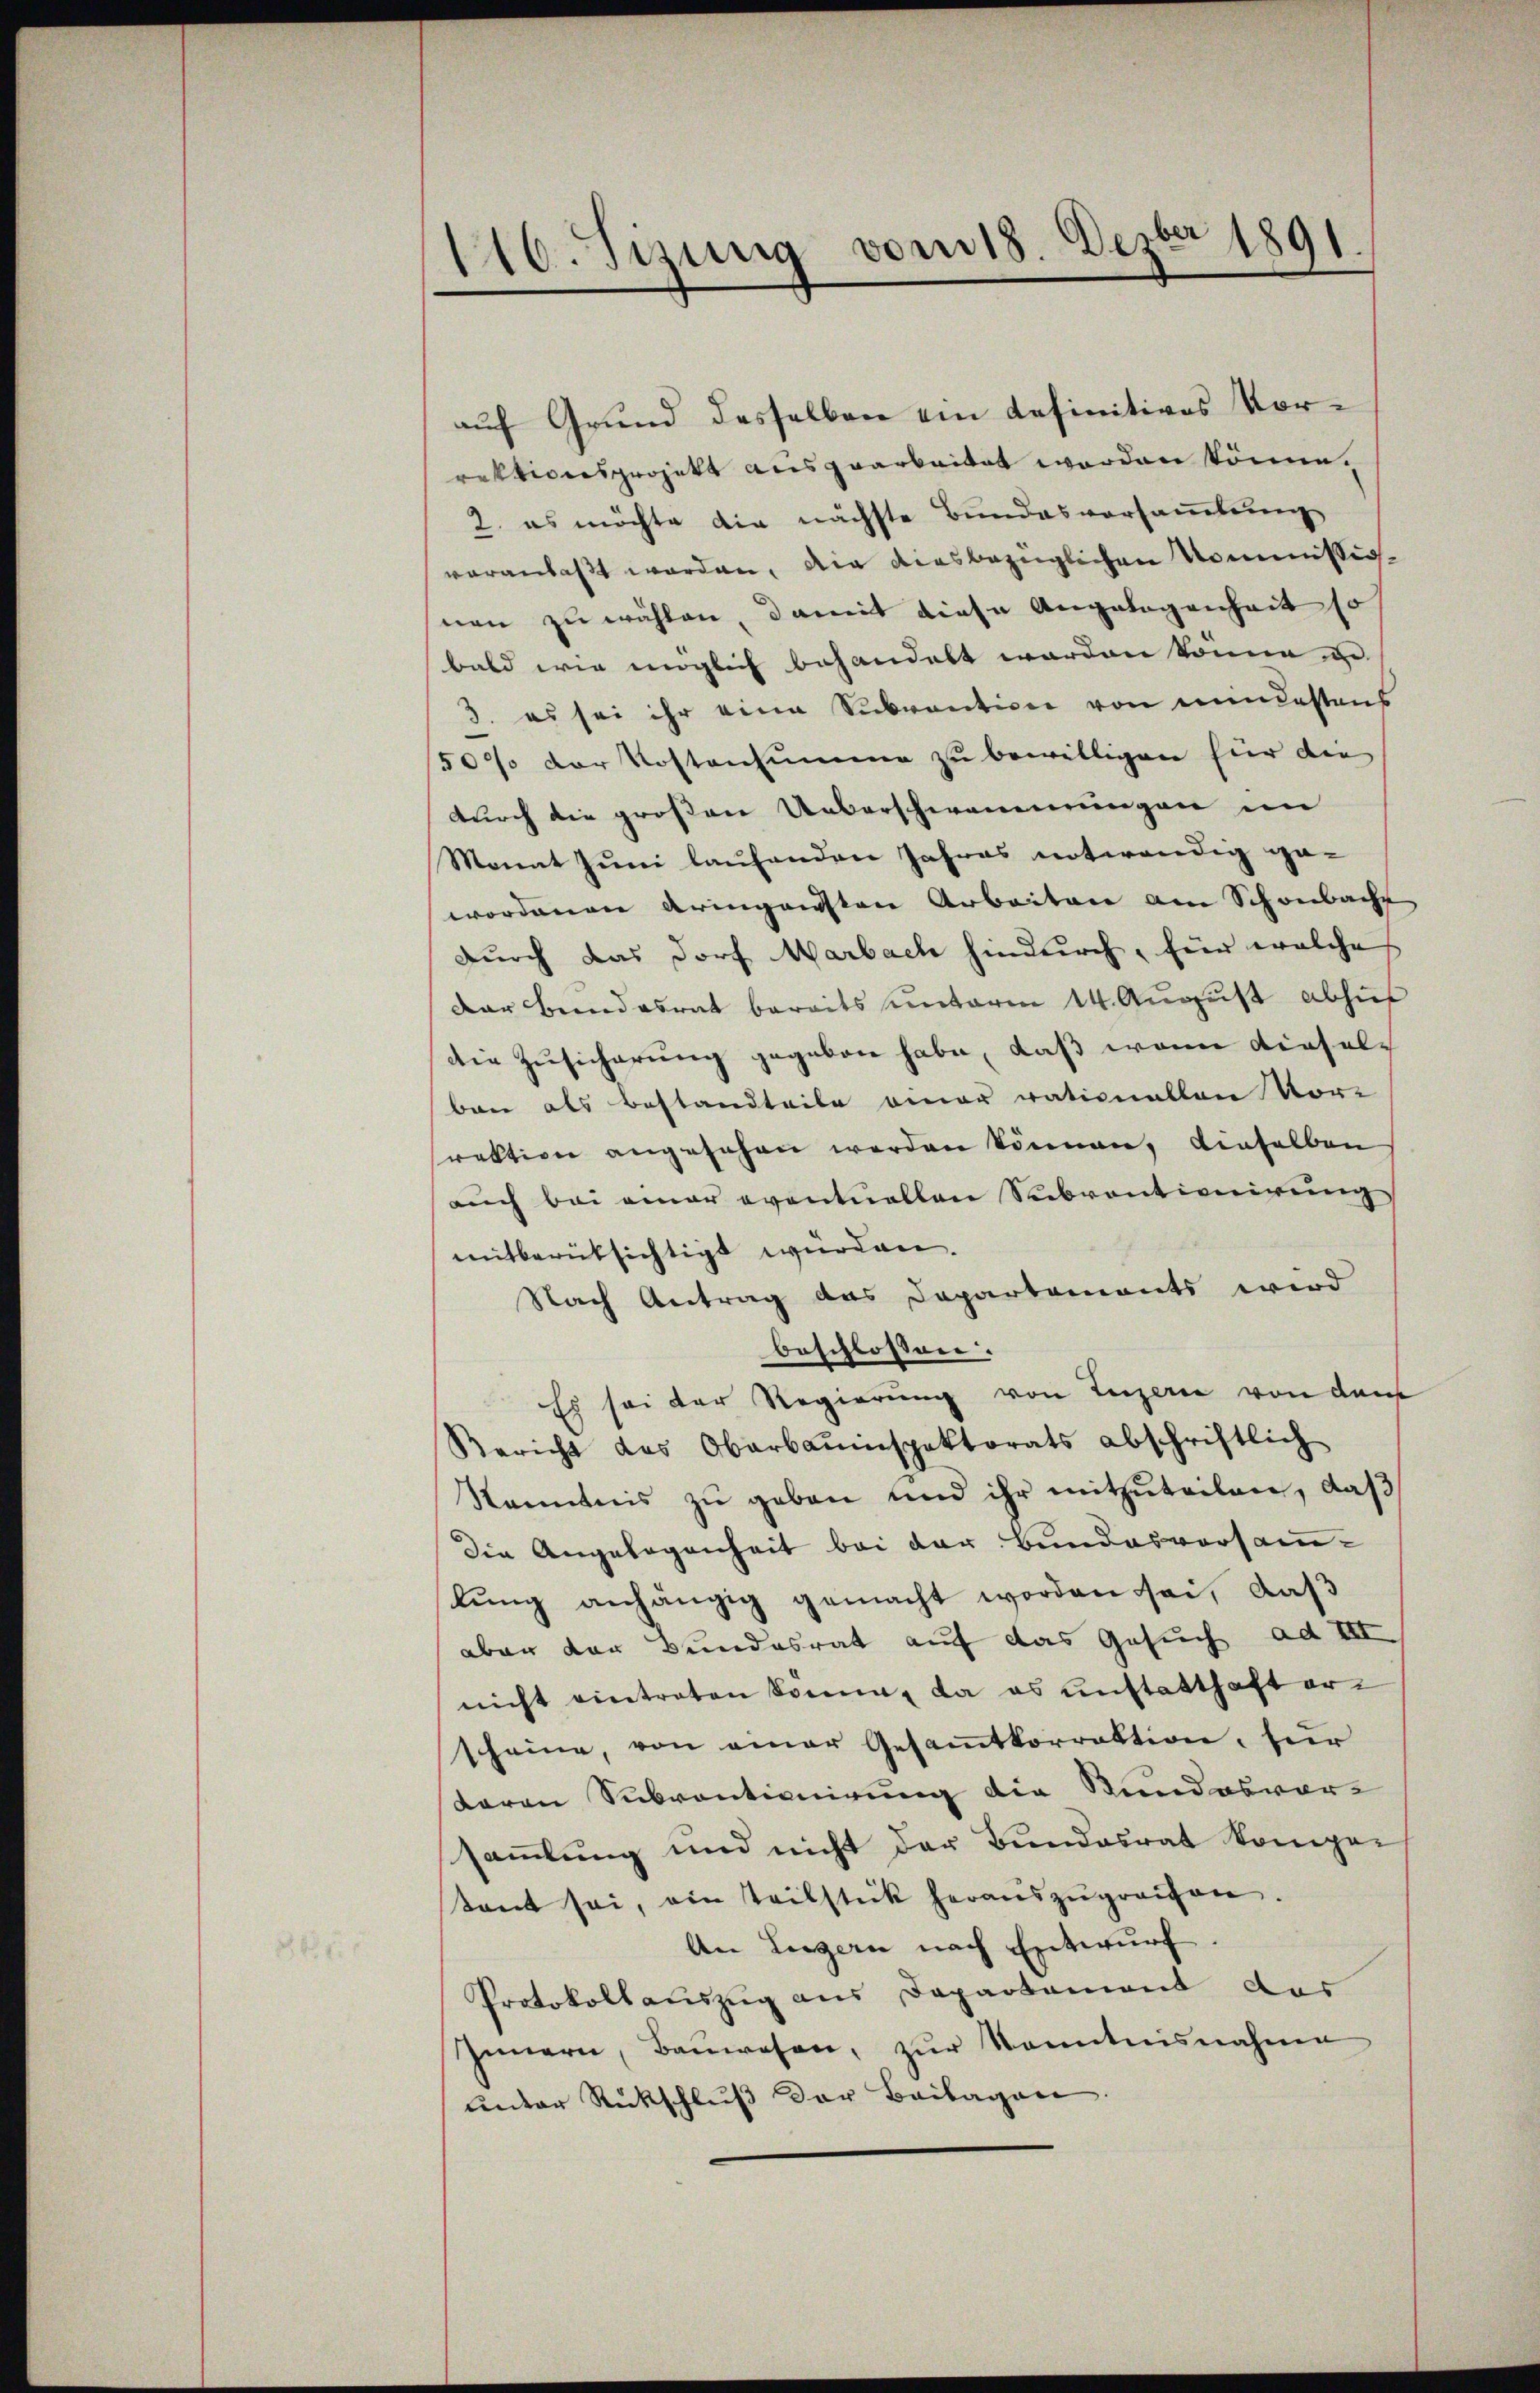
110. Sizung vom 18. Dezbr 1891

auf Grund desselben ein definitives Vorrektionsprojekt ausgearbeitet werden könne.
2. es möchte die nächste Bundesvorsammlung
veranlaßt worden, die diesbezüglichen Kommissio
nen zu wählen, damit diese Angelegenheit so
bald wie möglich behandelt worden könne ge
3. es sei ihr eine Subvention von mindestens
50% der Kostensumme zŭ bewilligen für die
durch die großen Ueberschwemmungen im
Monat Juni laufenden Jahres notwendig ge-
wordenen eringensten Arbeiten am Schönbache
durch das Dorf Marbach hindurch, für welche
Dar Beendesrat bereits unterm 14. August abhi
die Zusicherung gegeben habe, daß wenn dieselban als Bestandteile einer rationallen Vor-
rektion angesehen werden können, dieselben
auch bei einer eventuellen Subventionirung
mitberüksichtigt würden,
Nach Antrag das Departements wird
beschlossen:
Es sei der Regierung von Luzern von dem
Bericht das Oberbauinspektorats abschriftlich
Kenntnis zŭ geben und ihr mitzŭteilen, daβ
Die Angelegenheit bei der Bundesvorsamlŭng anhängig gemacht worden sei, daß
aber der Bundesrat auf das Gesuch ad III
nicht eintreten könne, da es unstatthaft erscheine, von einer Gesamtkorrektion, für
daran Subventionirung die Stundesvor-
sammlung und nicht der Bundesrat komper
tant sei, ein Teilstück heraŭszŭgreifen.
An Liegern nach Entwurf.
Protokollauszug aus Departement das
Innern, Baŭwesen, zŭr Kenntnisnahme
unter Rückschluß der Beilagen.